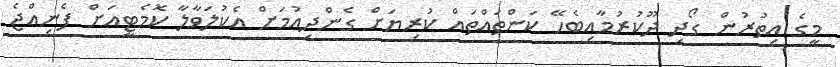
މީގެ އިތުރުން ގޯދި ދޫކުރުމާއިބެހޭ ކަންތައްތައް ކުރިޔަށް ގެންދިއުމަށް އެކުލަވާލާ ކޮމެޓީއަށް ފެނިއްޖެ